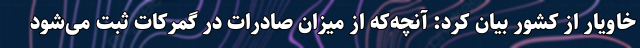
خاویار از کشور بیان کرد: آنچه‌که از میزان صادرات در گمرکات ثبت می‌شود